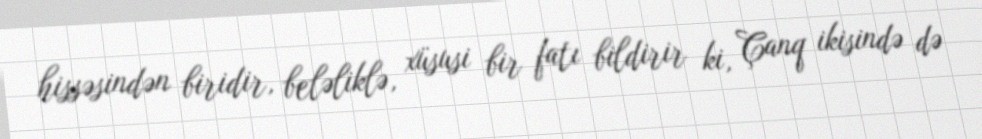
hissəsindən biridir, beləliklə, xüsusi bir fatı bildirir ki, Çanq ikisində də